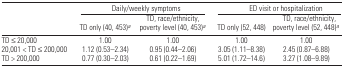
<table><thead><tr><td></td><td colspan="2"><b>Daily/weekly symptoms</b></td><td colspan="2"><b>ED visit or hospitalization</b></td></tr><tr><td></td><td><b>TD only (40, 453)a</b></td><td><b>TD, race/ethnicity, poverty level (40, 453)a</b></td><td><b>TD only (52, 448)</b></td><td><b>TD, race/ethnicity, poverty level (52, 448)a</b></td></tr></thead><tbody><tr><td>TD ≤20,000</td><td>1.00</td><td>1.00</td><td>1.00</td><td>1.00</td></tr><tr><td>20,001 &lt; TD ≤200,000</td><td>1.12 (0.53–2.34)</td><td>0.95 (0.44–2.06)</td><td>3.05 (1.11–8.38)</td><td>2.45 (0.87–6.88)</td></tr><tr><td>TD &gt; 200,000</td><td>0.77 (0.30–2.03)</td><td>0.61 (0.22–1.69)</td><td>5.01 (1.72–14.6)</td><td>3.27 (1.08–9.89)</td></tr></tbody></table>